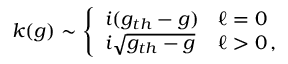
k ( g ) \sim \left\{ \begin{array} { l l } { i ( g _ { t h } - g ) } & { \ell = 0 } \\ { i \sqrt { g _ { t h } - g } } & { \ell > 0 \, , } \end{array} \right.